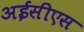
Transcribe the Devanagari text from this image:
अईसीएस